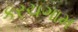
કરચગામ